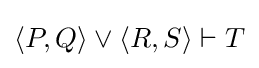
\langle P,Q\rangle \lor \langle R,S\rangle \vdash T